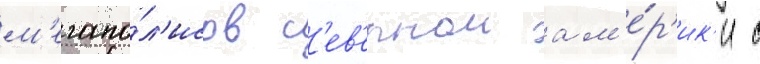
м'егапо́л'исов с'ев'ернои ам'е́р'ик'и с